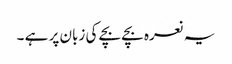
یہ نعرہ بچے بچے کی زبان پر ہے ۔